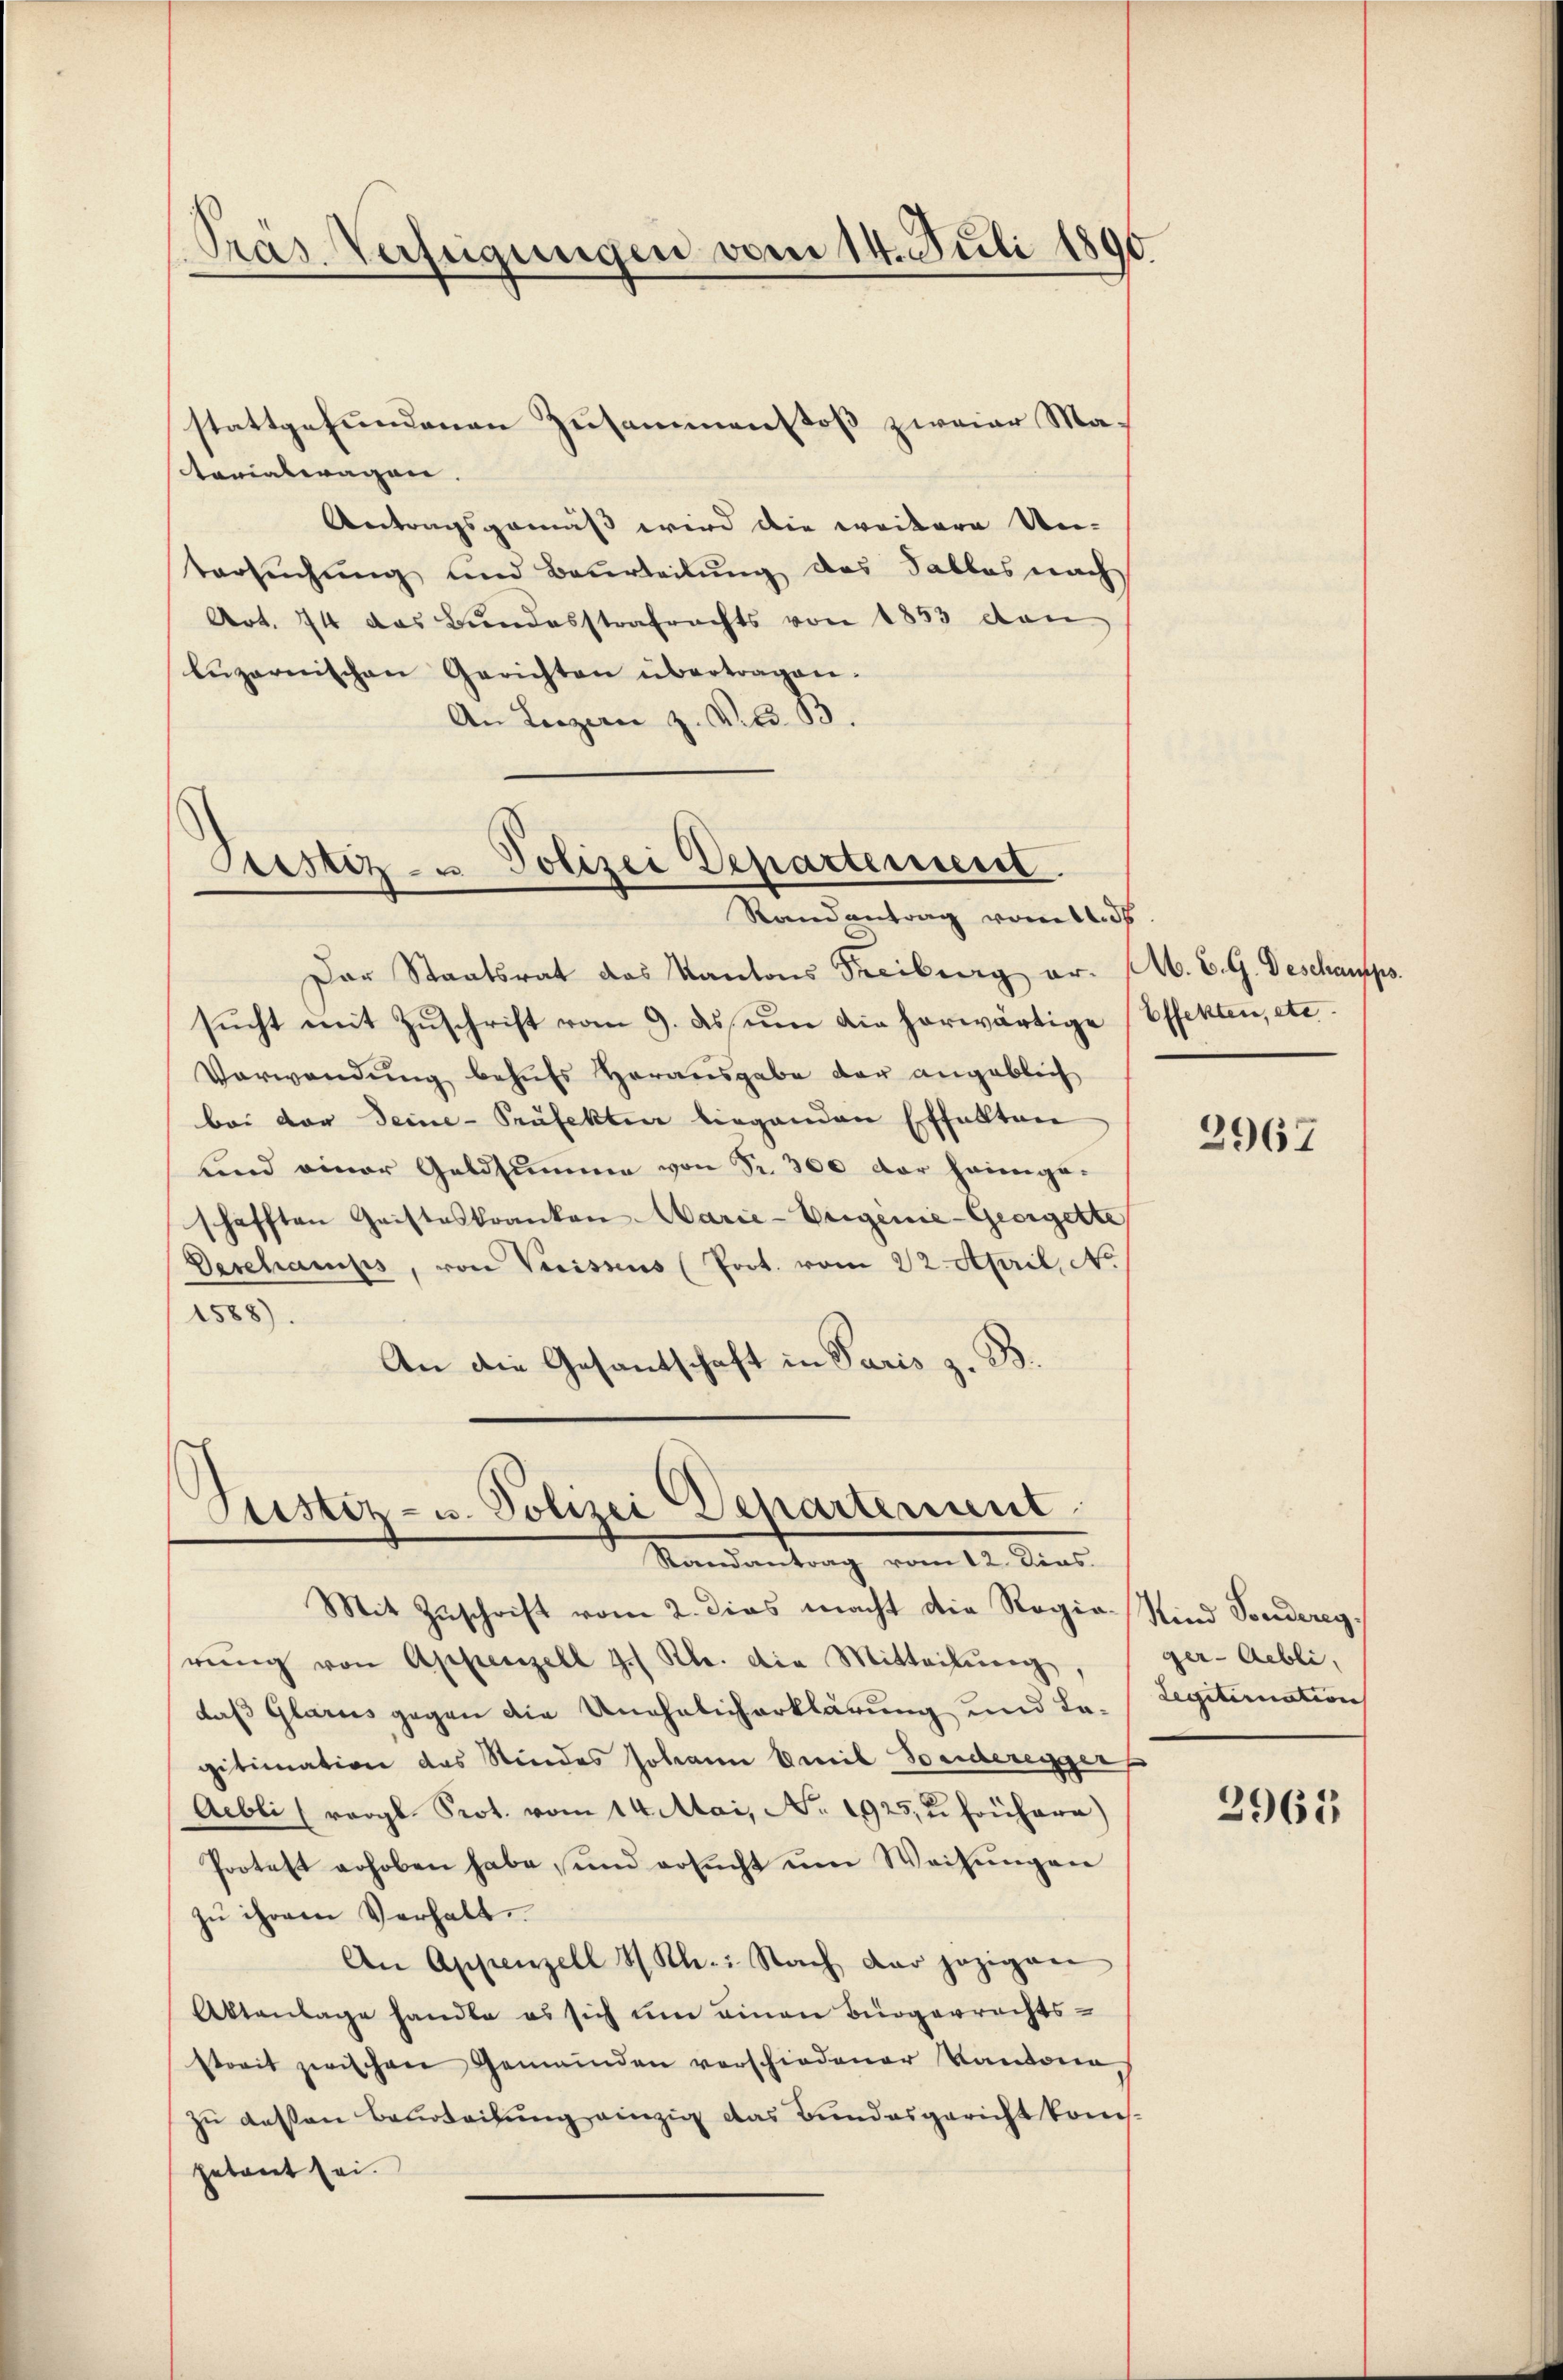
Präs. Verfügungen vom 14. Juli 1890

stattgefundenen Zusammenstoß zweier Matarialwagen. |
Antragsgemäß wird die weitere Uni-
tersuchung und Beurteilung des Tables nach
Art. 74 das Bundesstrafrechts von 1853 den
lŭzernischen Gerichten übertragen.
An Luzern z. V. d. B.

Ptestiz- u Polizei Departement.
Randantrag vom 14. ds.

Der Staatsrat das Kantons Freiburg er. A. E. G. Deschamps.
sucht mit Zuschrift vom 9. ds um die herwärtige
Verwendung behufs Herausgabe der angeblich
bei der Deine-Präfekten liegenden Effallten
und einer Geldsumme von Fr. 300 der heimgeschafften Geisteskranken Marie-Urigenie-Georgette
Geschamps, von Verissens (Prot. vom 22. April, No.
1588).
An die Gesantschaft in Paris z. B.

Justiz- u. Polizei Departement
Mandankung vom 14. Mart.

Effekten, etc.

Mit Zuschrift vom 2. dies macht die Regia-Kind Sondereg
rŭng von Appenzell I. Kl. die Mitteilŭng,
daß Glarus gegen die Unehelicherklärung und Lagitimation das Stindes Johann weil Sonderegger
Acbli (vergl. Prot. vom 14. Mai, No. 1925, u. Frühare)
Protest erhoben habe, und ersucht um Weisungen
zu ihrem Verhalt
An Appenzell & Kl.: Nach dar jezigen
Aktenlage handle es sich um einen Bürgerrechts-
streit zwischen Gemeinden verschiedener Kantone
zu dessen Beurteilung einzig das Bundesgericht konsgetant sei.

2967

ger-Aebli
Legitimation |

2965